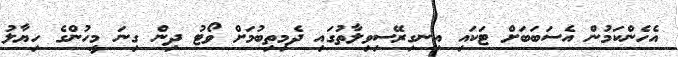
އެހެންކަމުން އެސަބަބަށް ޓަކައި އިނގިރޭސިވިލާތުގައި ދެމިތިބުމަށް ވޯޓު ދިން ގިނަ މީހުންގެ ހިޔާލު